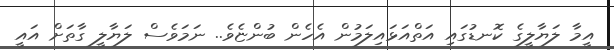
އީމާ ލަޔާލީގެ ކޮނޑުގައި އަތްއަޅައިލަމުން އެހެން ބުންޏެވެ.. ނަމަވެސް ލަޔާލީ ގާތަށް އައީ